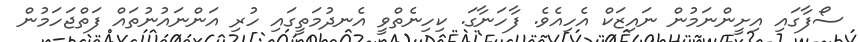
ސޯފާގައި އިށީންނަމުން ނައިޒަކް އެހިއެވެ. ފާހަނާގަ. ކިހިނެތްވީ އެނދުމަތީގައި ހުރި އަންނައުނުތައް ފަތްޖަހަމުން